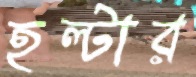
হল্টার